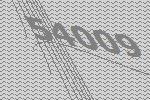
54009